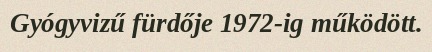
Gyógyvizű fürdője 1972-ig működött.